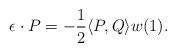
LaTeX: \begin{align*}\epsilon \cdot P = -\frac{1}{2} \langle P, Q \rangle w(1).\end{align*}